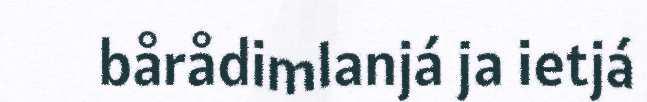
bårådimlanjá ja ietjá